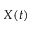
X ( t )